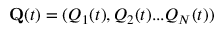
{ \bf Q } ( t ) = ( Q _ { 1 } ( t ) , Q _ { 2 } ( t ) . . . Q _ { N } ( t ) )